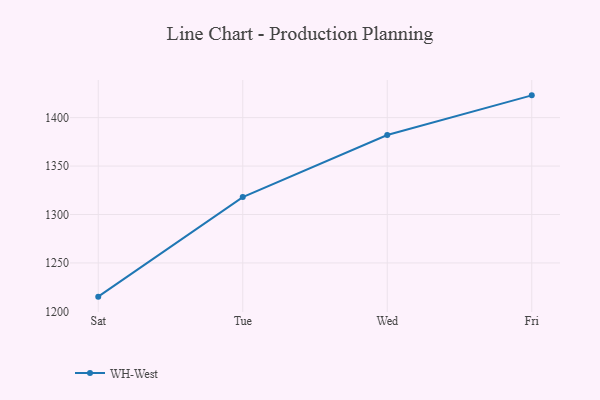
{"axis": {"x": "Day", "y": "Page Views"}, "legend": ["WH-West"], "data": [{"x": "Sat", "y": 1215.2, "type": "WH-West"}, {"x": "Tue", "y": 1318.0, "type": "WH-West"}, {"x": "Wed", "y": 1382.1, "type": "WH-West"}, {"x": "Fri", "y": 1423.0, "type": "WH-West"}]}